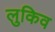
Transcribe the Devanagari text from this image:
लुकिव